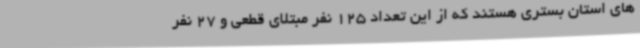
های استان بستری هستند که از این تعداد 125 نفر مبتلای قطعی و 27 نفر